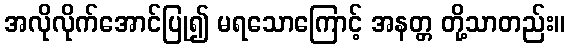
အလိုလိုက်အောင်ပြု၍ မရသောကြောင့် အနတ္တ တို့သာတည်း။